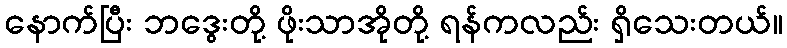
နောက်ပြီး ဘဒွေးတို့ ဖိုးသာအိုတို့ ရန်ကလည်း ရှိသေးတယ်။